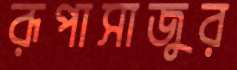
রূপাসাজুর